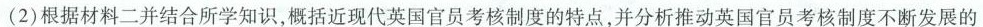
(2)根据材料二并结合所学知识，概括近现代英国官员考核制度的特点，并分析推动英国官员考核制度不断发展的